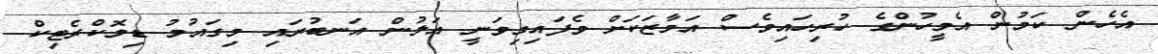
އެހެން ކަމުން އެމީހުންގެ ހުރިހައިވެސް އަމާޒަކަށް ވެފައިމިވަނީ އަލުން އަނބުރައި މިގައުމު ޑިމޮކްރެޓިކް